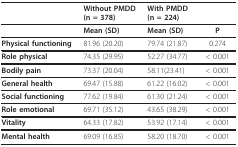
<table><thead><tr><td></td><td><b>Without PMDD (n = 378)</b></td><td><b>With PMDD (n = 224)</b></td><td></td></tr></thead><tbody><tr><td></td><td><b>Mean (SD)</b></td><td><b>Mean (SD)</b></td><td><b>P</b></td></tr><tr><td><b>Physical functioning</b></td><td>81.96 (20.20)</td><td>79.74 (21.87)</td><td>0.274</td></tr><tr><td><b>Role physical</b></td><td>74.35 (29.95)</td><td>52.27 (34.77)</td><td>&lt; 0.001</td></tr><tr><td><b>Bodily pain</b></td><td>73.37 (20.04)</td><td>58.11(23.41)</td><td>&lt; 0.001</td></tr><tr><td><b>General health</b></td><td>69.47 (15.88)</td><td>61.22 (16.02)</td><td>&lt; 0.001</td></tr><tr><td><b>Social functioning</b></td><td>77.62 (19.84)</td><td>61.30 (21.24)</td><td>&lt; 0.001</td></tr><tr><td><b>Role emotional</b></td><td>69.71 (35.12)</td><td>43.65 (38.29)</td><td>&lt; 0.001</td></tr><tr><td><b>Vitality</b></td><td>64.33 (17.82)</td><td>53.92 (17.14)</td><td>&lt; 0.001</td></tr><tr><td><b>Mental health</b></td><td>69.09 (16.85)</td><td>58.20 (18.70)</td><td>&lt; 0.001</td></tr></tbody></table>